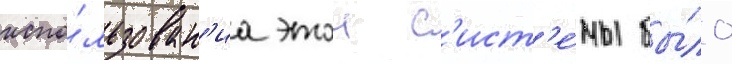
испо́льзован'иа этои с'ист'е́мы бы́ло